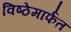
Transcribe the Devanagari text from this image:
विष्ठेमार्फत